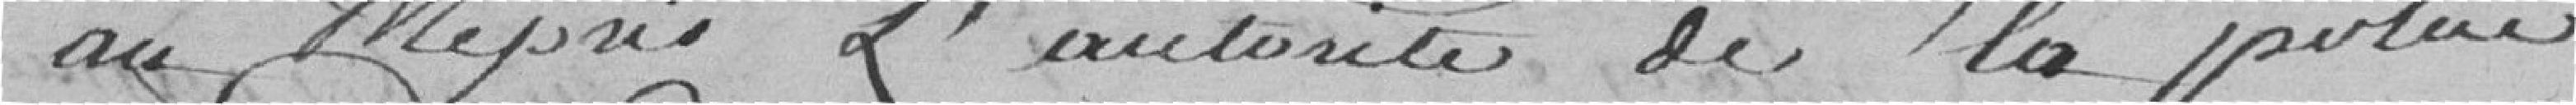
au mépris l'autorité de la police